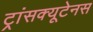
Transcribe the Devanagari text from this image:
ट्रांसक्यूटेनस